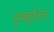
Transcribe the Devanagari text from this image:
मुम्बईला